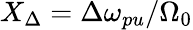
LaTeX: X_{\Delta}={\Delta\omega_{pu}}/{\Omega_{0}}